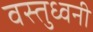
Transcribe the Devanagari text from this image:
वस्तुध्वनी